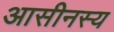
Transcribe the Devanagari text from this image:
आसीनस्य